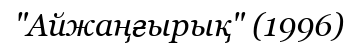
"Айжаңғырық" (1996)